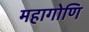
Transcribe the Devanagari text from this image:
महागोणि